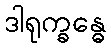
ဒါရုက္ခန္ဓေ